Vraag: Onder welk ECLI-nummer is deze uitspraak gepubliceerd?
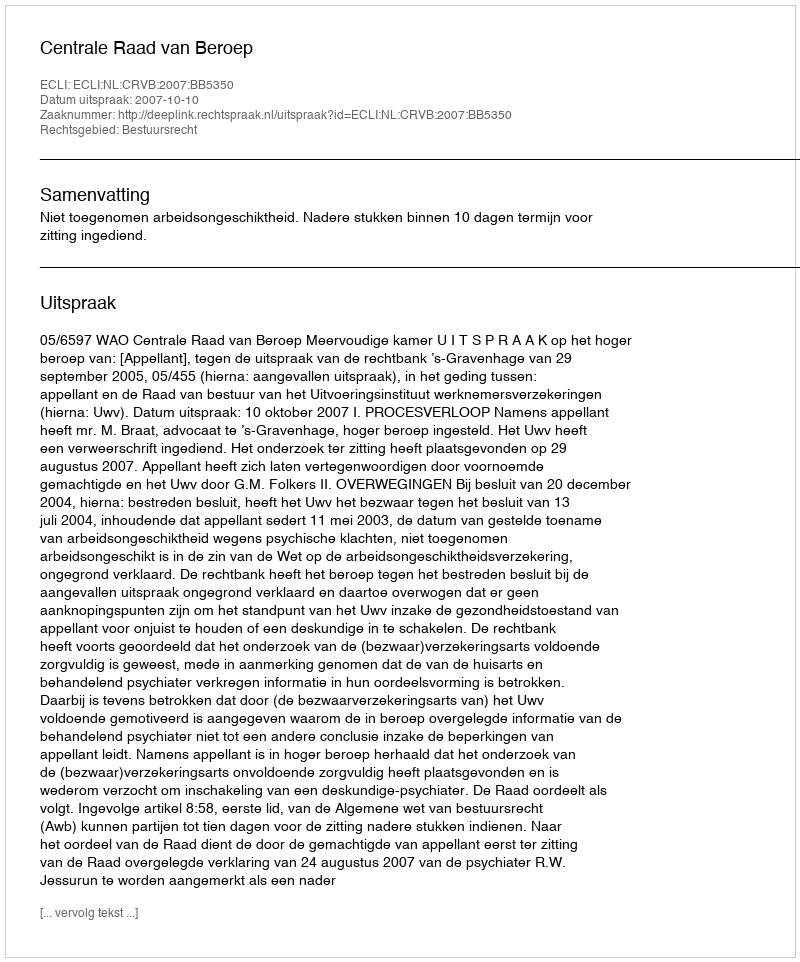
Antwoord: ECLI:NL:CRVB:2007:BB5350